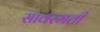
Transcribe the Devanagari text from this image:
सावरमती